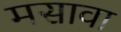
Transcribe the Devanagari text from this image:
मसावा